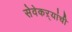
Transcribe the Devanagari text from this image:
सेवेकऱ्यांची